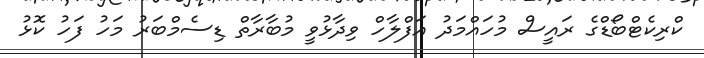
ކްރިކެޓްބޯޑްގެ ރައީސް މުހައްމަދު އަފްލާހް ވިދާޅުވީ މުބާރާތް ޑިސެމްބަރު މަހު ފަހު ކޮޅު